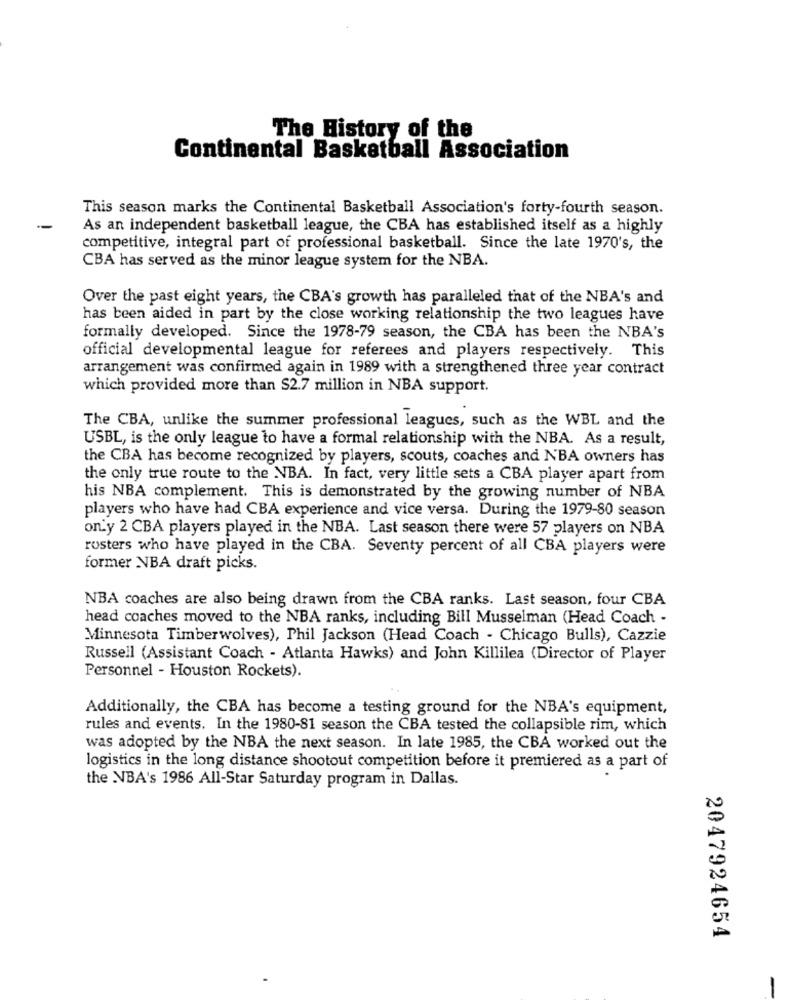
The History of the
Continental Basketball Association
This season marks the Continental Basketball Association's forty-fourth season.
--
As an independent basketball league, the CBA has established itself as a highly
competitive, integral part of professional basketball. Since the late 1970's, the
CBA has served as the minor league system for the NBA.
Over the past eight years, the CBA's growth has paralleled that of the NBA's and
has been aided in part by the close working relationship the two leagues have
formally developed. Since the 1978-79 season, the CBA has been the NBA's
official developmental league for referees and players respectively. This
arrangement was confirmed again in 1989 with a strengthened three year contract
which provided more than $2.7 million in NBA support.
The CBA, unlike the summer professional leagues, such as the WBL and the
USBL, is the only league to have a formal relationship with the NBA. As a result,
the CBA has become recognized by players, scouts, coaches and NBA owners has
the only true route to the NBA. In fact, very little sets a CBA player apart from
his NBA complement. This is demonstrated by the growing number of NBA
players who have had CBA experience and vice versa. During the 1979-80 season
on'y 2 CBA players played in the NBA. Last season there were 57 players on NBA
rosters who have played in the CBA. Seventy percent of all CBA players were
former NBA draft picks.
NBA coaches are also being drawn from the CBA ranks. Last season, four CBA
head coaches moved to the NBA ranks, including Bill Musselman (Head Coach -
Minnesota Timberwolves), Phil Jackson (Head Coach - Chicago Bulls), Cazzie
Russell (Assistant Coach - Atlanta Hawks) and John Killilea (Director of Player
Personnel - Houston Rockets).
Additionally, the CBA has become a testing ground for the NBA's equipment,
rules and events. In the 1980-81 season the CBA tested the collapsible rim, which
was adopted by the NBA the next season. In late 1985, the CBA worked out the
logistics in the long distance shootout competition before it premiered as a part of
the NBA's 1986 All-Star Saturday program in Dallas.
2047924654